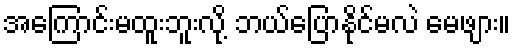
အကြောင်းမထူးဘူးလို့ ဘယ်ပြောနိုင်မလဲ မေဖျား။